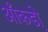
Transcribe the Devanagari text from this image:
आँकडो़